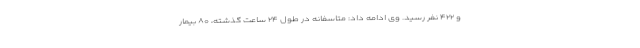
و ۴۲۲ نفر رسید. وی ادامه داد: متاسفانه در طول ۲۴ ساعت گذشته، ۸۰ بیمار